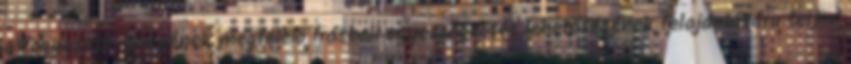
a fogyasztó igényének megfelelő írásbeli egyezségkötés lehetőségének felajánlására terjed